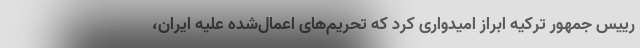
رییس جمهور ترکیه ابراز امیدواری کرد که تحریم‌های اعمال‌شده علیه ایران،